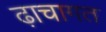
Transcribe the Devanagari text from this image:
ढ़ाचागत